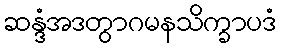
ဆန္ဒံအဒတွာဂမနသိက္ခာပဒံ